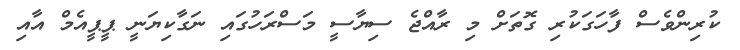
ކުރިންވެސް ފާހަގަކުރި ގޮތަށް މި ރާއްޖެ ސިޔާސީ މަސްރަހުގައި ނަގާކިޔަނީ ޕީޕީއެމް އާއި